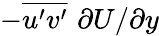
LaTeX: -\overline{{u^{\prime}v^{\prime}}}\, \, \partial U/\partial y